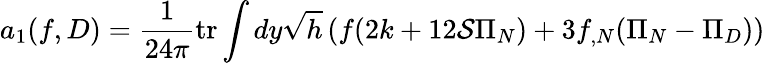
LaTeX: a_{1}(f,D)=\frac 1{24\pi}\mathrm{tr}\int dy\sqrt{h}\left(f(2k+12{\cal S}\Pi_{N})+3f_{,N}(\Pi_{N}-\Pi_{D})\right)